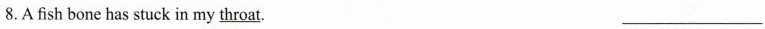
8.A fish bone has stuck in my \underline{throat}. ___